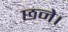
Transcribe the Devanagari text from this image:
छने।